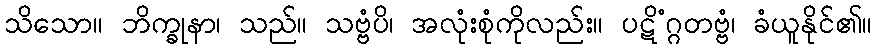
သိသော။ ဘိက္ခုနာ၊ သည်။ သဗ္ဗံပိ၊ အလုံးစုံကိုလည်း။ ပဋိံဂ္ဂတဗ္ဗံ၊ ခံယူနိုင်၏။